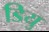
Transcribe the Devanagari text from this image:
डियु